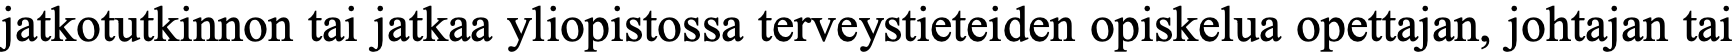
jatkotutkinnon tai jatkaa yliopistossa terveystieteiden opiskelua opettajan, johtajan tai